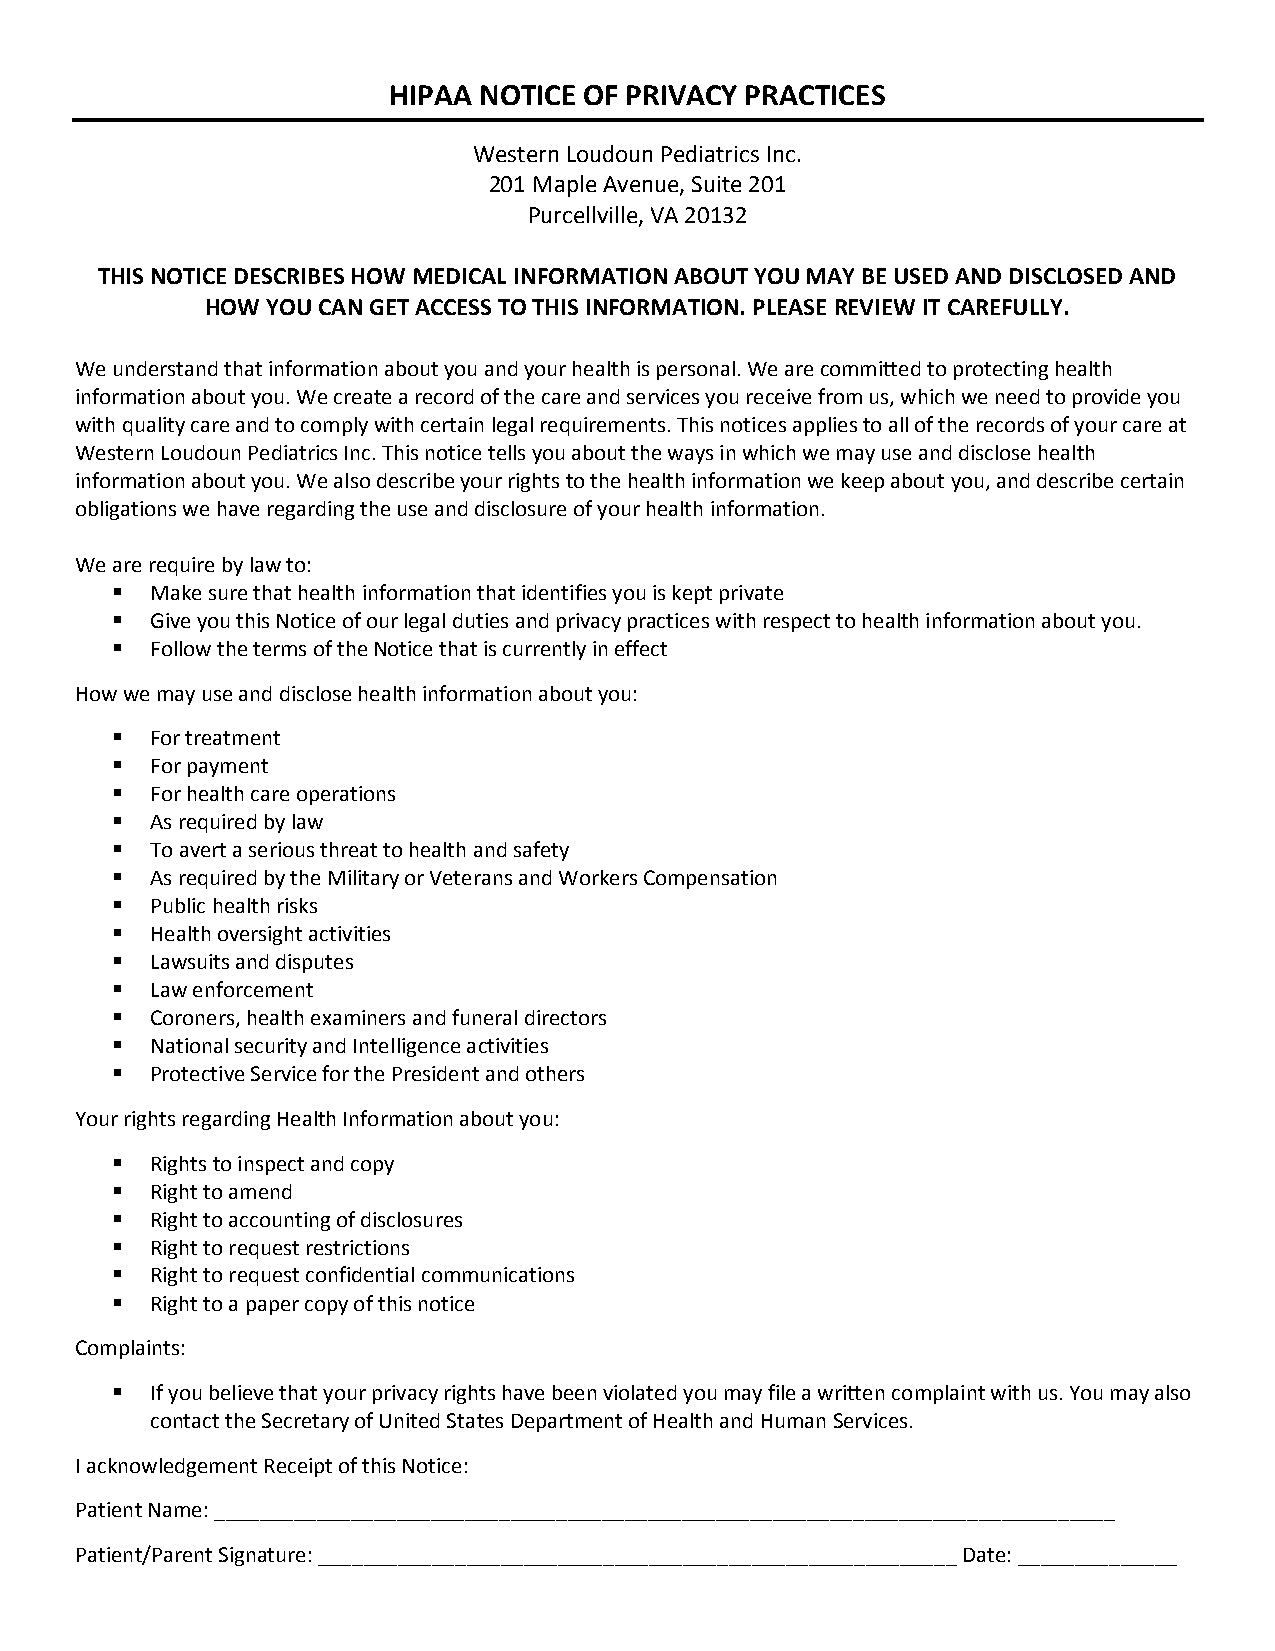
HIPAA NOTICE OF PRIVACY PRACTICES
 Western Loudoun Pediatrics Inc.
 201 Maple Avenue, Suite 201
 Purcellville, VA 20132
 THIS NOTICE DESCRIBES HOW MEDICAL INFORMATION ABOUT YOU MAY BE USED AND DISCLOSED AND
 HOW YOU CAN GET ACCESS TO THIS INFORMATION. PLEASE REVIEW IT CAREFULLY.
 We understand that information about you and your health is personal. We are committed to protecting health
 information about you. We create a record of the care and services you receive from us, which we need to provide you
 with quality care and to comply with certain legal requirements. This notices applies to all of the records of your care at
 Western Loudoun Pediatrics Inc. This notice tells you about the ways in which we may use and disclose health
 information about you. We also describe your rights to the health information we keep about you, and describe certain
 obligations we have regarding the use and disclosure of your health information.
 We are require by law to:
   Make sure that health information that identifies you is kept private
   Give you this Notice of our legal duties and privacy practices with respect to health information about you.
   Follow the terms of the Notice that is currently in effect
 How we may use and disclose health information about you:
   For treatment
   For payment
   For health care operations
   As required by law
   To avert a serious threat to health and safety
   As required by the Military or Veterans and Workers Compensation
   Public health risks
   Health oversight activities
   Lawsuits and disputes
   Law enforcement
   Coroners, health examiners and funeral directors
   National security and Intelligence activities
   Protective Service for the President and others
 Your rights regarding Health Information about you:
   Rights to inspect and copy
   Right to amend
   Right to accounting of disclosures
   Right to request restrictions
   Right to request confidential communications
   Right to a paper copy of this notice
 Complaints:
   If you believe that your privacy rights have been violated you may file a written complaint with us. You may also
 contact the Secretary of United States Department of Health and Human Services.
 I acknowledgement Receipt of this Notice:
 Patient Name: _______________________________________________________________________________
 Patient/Parent Signature: ________________________________________________________ Date: ______________